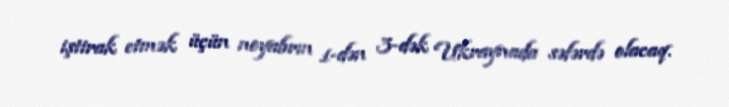
iştirak etmək üçün noyabrın 1-dən 3-dək Ukraynada səfərdə olacaq.